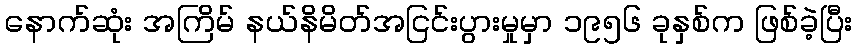
နောက်ဆုံး အကြိမ် နယ်နိမိတ်အငြင်းပွားမှုမှာ ၁၉၅၆ ခုနှစ်က ဖြစ်ခဲ့ပြီး